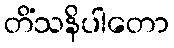
တိံသနိပါတော